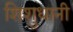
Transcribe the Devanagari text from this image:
शिशुधानी